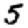
Digit: 5